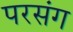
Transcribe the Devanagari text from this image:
परसंग